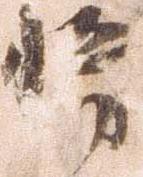
将